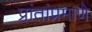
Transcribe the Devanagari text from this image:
प्रांतांप्रमाणे